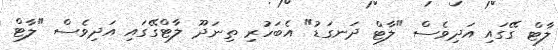
ލާޓް ގޭގައި އަދިވެސް "ލާޓް ދަނގަޑު" އެބަހުރި ތިނަދޫ ލާޓްގޭގައި އަދިވެސް "ލާޓް